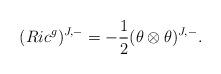
LaTeX: \begin{align*} (Ric^g)^{J,-}&=-\frac{1}{2}(\theta\otimes\theta)^{J,-}. \end{align*}